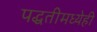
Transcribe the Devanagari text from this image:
पद्धतीमध्येही